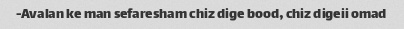
Avalan ke man sefaresham chiz dige bood, chiz digeii omad-